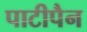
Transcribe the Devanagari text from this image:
पाटीपैन